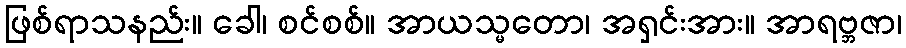
ဖြစ်ရာသနည်း။ ခေါ၊ စင်စစ်။ အာယသ္မတော၊ အရှင်းအား။ အာရဗ္ဘဇာ၊